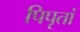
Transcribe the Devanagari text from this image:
पिपृतां